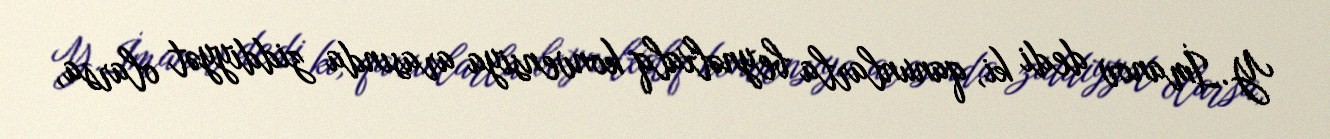
Y.İmanov dedi ki, qanunlarla beynəlxalq konvensiya arasında ziddiyyət olarsa,